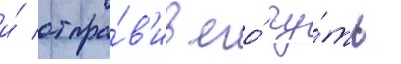
и́ отпра́в'ив его́ чу́ть